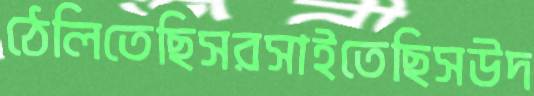
ঠেলিতেছিসরসাইতেছিসউদ